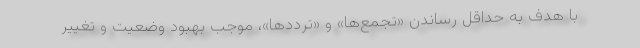
با هدف به حداقل رساندن «تجمع‌ها» و «ترددها»، موجب بهبود وضعیت و تغییر